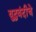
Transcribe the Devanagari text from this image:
युद्धबंदीचे